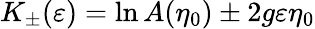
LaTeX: K_{\pm}(\varepsilon)=\ln A(\eta_{0})\pm 2g\varepsilon\eta_{0}